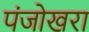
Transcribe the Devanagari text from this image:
पंजोखरा